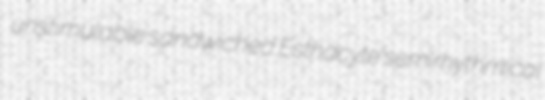
unstimulable sandwiched Esthacyte semirhythmical